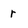
Character: r